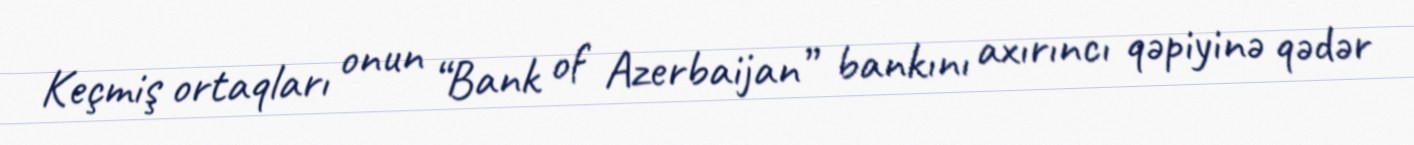
Keçmiş ortaqları onun “Bank of Azerbaijan” bankını axırıncı qəpiyinə qədər